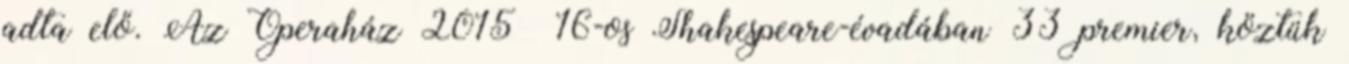
adta elő. Az Operaház 2015 16-os Shakespeare-évadában 33 premier, köztük